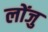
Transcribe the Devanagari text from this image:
लोंजु